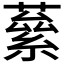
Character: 𮑙